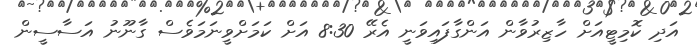
އަދި ކޮމިޓީއަށް ހާޒިރުވާން އަންގާފައިވަނީ އެރޭ 8:30 އަށް ކަމަށްވީނަމަވެސް ގާނޫނު އަސާސީން